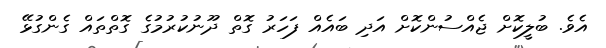
އެވެ. ބުލީކޮށް ޖެއްސުންކޮށް އަދި ބައެއް ފަހަރު ގޮތް ދޫނުކުރުމުގެ ގޮތްތައް ގެންގުޅޭ